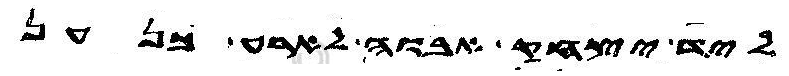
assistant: ליד יצחק אבוה לארע כנען